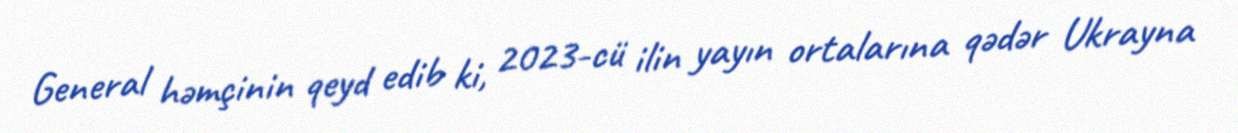
General həmçinin qeyd edib ki, 2023-cü ilin yayın ortalarına qədər Ukrayna